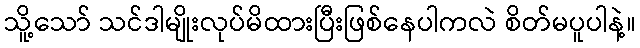
သိူ့သော် သင်ဒါမျိုးလုပ်မိထားပြီးဖြစ်နေပါကလဲ စိတ်မပူပါနဲ့။